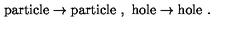
\mathrm { p a r t i c l e } \rightarrow \mathrm { p a r t i c l e } \ , \ \mathrm { h o l e } \rightarrow \mathrm { h o l e } \ . \nonumber